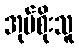
အုပ်စိုးသူ